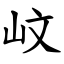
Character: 㞶